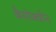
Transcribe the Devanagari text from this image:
कैमोक्वीन